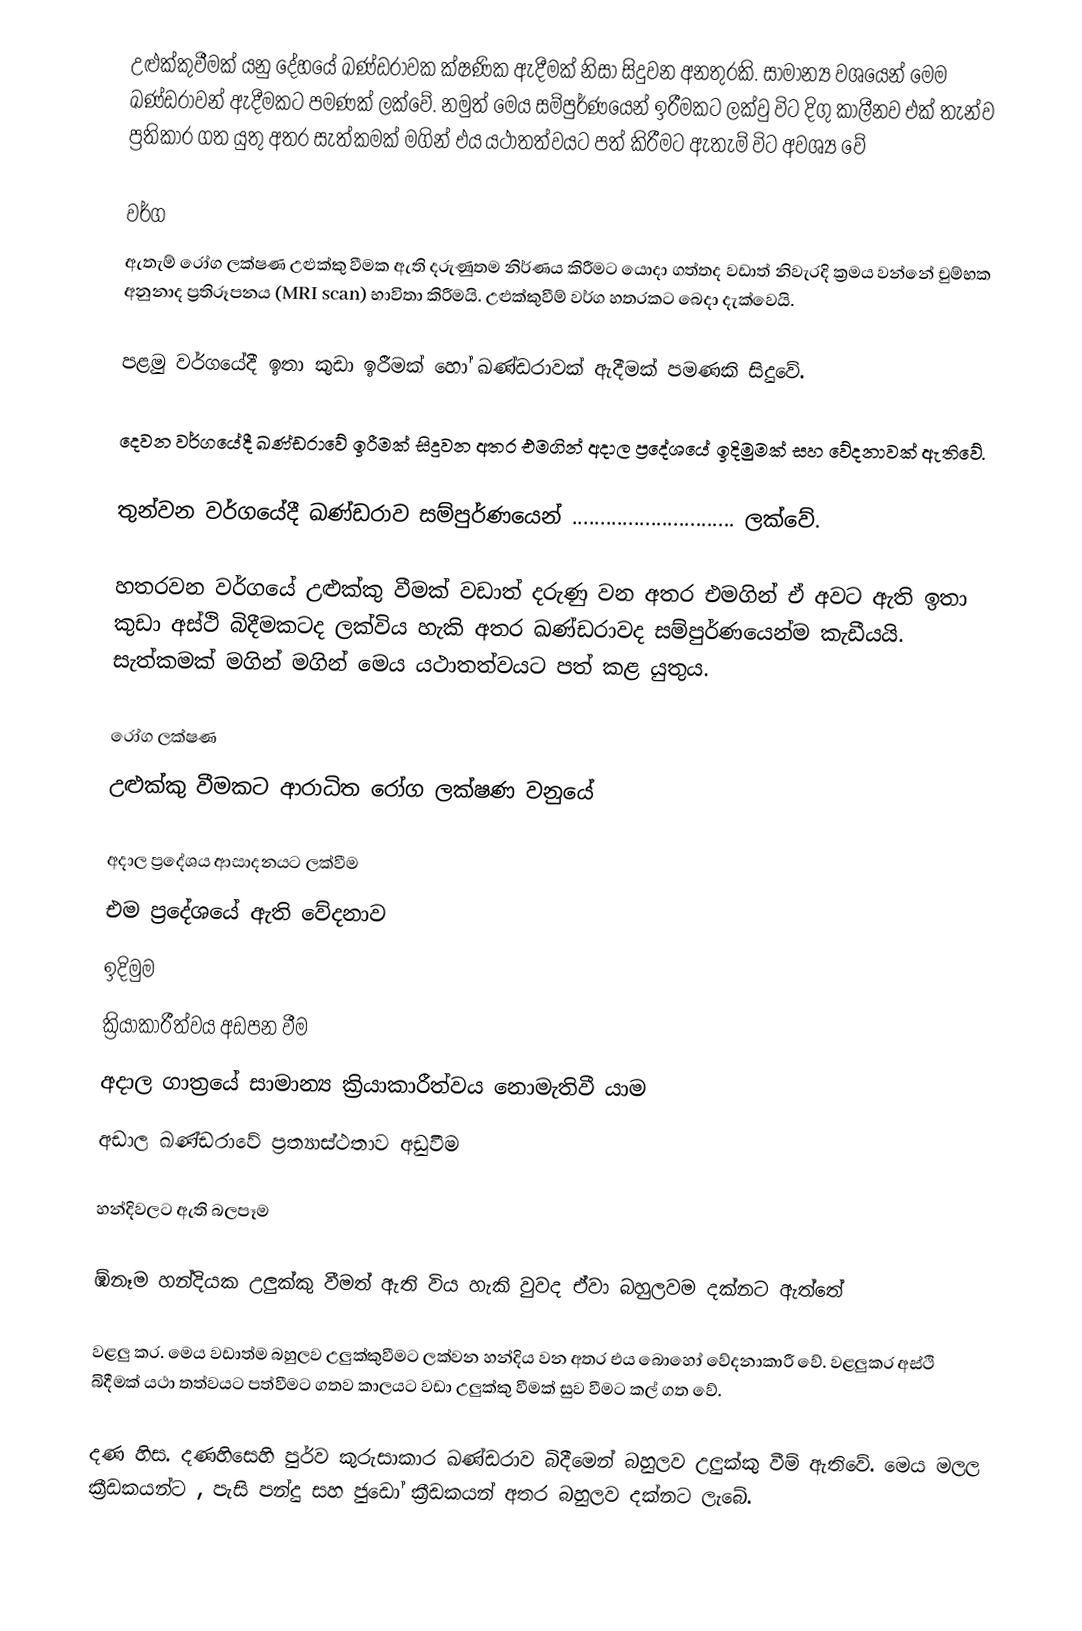
උළුක්කුවීමක් යනු දේහයේ ඛණ්ඩරාවක ක්ෂණික ඇදීමක් නිසා සිදුවන අනතුරකි. සාමාන්‍ය වශයෙන් මෙම ඛණ්ඩරාවන් ඇදීමකට පමණක් ලක්වේ. නමුත් මෙය සම්පුර්ණයෙන් ඉරීමකට ලක්වු විට දිගු කාලීනව එක් තැන්ව ප්‍රතිකාර ගත යුතු අතර සැත්කමක් මගින් එය යථාතත්වයට පත් කිරීමට ඇතැම් විට අවශ්‍ය වේ

වර්ග
ඇතැම් රෝග ලක්ෂණ උළුක්කු වීමක ඇති දරුණුතම නිර්ණය කිරීමට යොදා ගත්තද වඩාත් නිවැරදි ක්‍රමය වන්නේ චුම්භක අනුනාද ප්‍රතිරූපනය (MRI  scan) භාවිතා කිරීමයි.  උළුක්කුවීම් වර්ග හතරකට බෙදා දැක්වෙයි.

පළමු වර්ගයේදී ඉතා කුඩා ඉරීමක් හෝ ඛණ්ඩරාවක් ඇදීමක් පමණකි සිදුවේ.

දෙවන වර්ගයේදී ඛණ්ඩරාවේ ඉරීමක් සිදුවන අතර එමගින් අදාල ප්‍රදේශයේ ඉදිමුමක් සහ වේදනාවක් ඇතිවේ.

තුන්වන වර්ගයේදී ඛණ්ඩරාව සම්පුර්ණයෙන්  .............................  ලක්වේ.

හතරවන වර්ගයේ උළුක්කු වීමක් වඩාත් දරුණු වන අතර එමගින් ඒ අවට ඇති ඉතා කුඩා අස්ථි බිදීමකටද ලක්විය හැකි අතර ඛණ්ඩරාවද සම්පුර්ණයෙන්ම කැඩීයයි.  සැත්කමක් මගින් මගින් මෙය යථාතත්වයට පත් කළ යුතුය.

රෝග ලක්ෂණ
උළුක්කු වීමකට ආරාධිත රෝග ලක්ෂණ වනුයේ

	අදාල ප්‍රදේශය ආසාදනයට ලක්වීම
	එම ප්‍රදේශයේ ඇති වේදනාව
	ඉදිමුම
	ක්‍රියාකාරීත්වය අඩපන වීම
	අදාල ගාත්‍රයේ සාමාන්‍ය ක්‍රියාකාරීත්වය නොමැතිවී යාම
	අඩාල ඛණ්ඩරාවේ ප්‍රත්‍යාස්ථතාව අඩුවීම

හන්දිවලට ඇති බලපෑම

ඹ්නෑම හන්දියක උලුක්කු වීමත් ඇති විය හැකි වුවද ඒවා බහුලවම දක්නට ඇත්තේ

වළලු කර. මෙය වඩාත්ම බහුලව උලුක්කුවීමට ලක්වන හන්දිය වන අතර එය බොහෝ වේදනාකාරී වේ.  වළලුකර අස්ථි ‍ බිදීමක් යථා තත්වයට පත්වීමට ගතව කාලයට වඩා උලුක්කු වීමක් සුව වීමට කල් ගත වේ.

දණ හිස. දණහිසෙහි පුර්ව කුරුසාකාර ඛණ්ඩ‍රාව බිදීමෙන් බහුලව උලුක්කු වීම් ඇතිවේ. මෙය මලල ක්‍රීඩකයන්ට , පැසි පන්දු සහ ජුඩෝ ක්‍රීඩකයන් අතර බහුලව දක්නට ලැබේ.